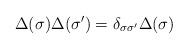
LaTeX: \begin{align*}\Delta (\sigma )\Delta (\sigma ^{\prime })=\delta _{\sigma \sigma ^{\prime}}\Delta (\sigma ) \end{align*}